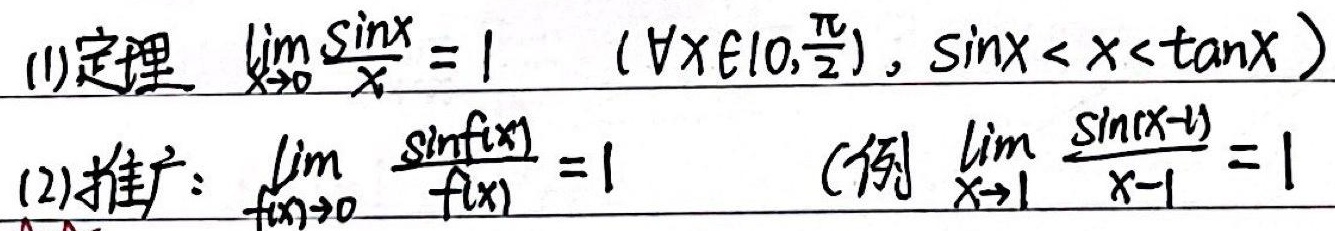
(1) 定理 $\lim_{x \to 0} \frac{\sin x}{x} = 1$ （$\forall x \in (0, \frac{\pi}{2})$，$\sin x < x < \tan x$）

(2) 推广：$\lim_{f(x) \to 0} \frac{\sin f(x)}{f(x)} = 1$ （例 $\lim_{x \to 1} \frac{\sin(x - 1)}{x - 1} = 1$）